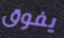
يفوق